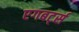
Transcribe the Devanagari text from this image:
एगबर्ट्स